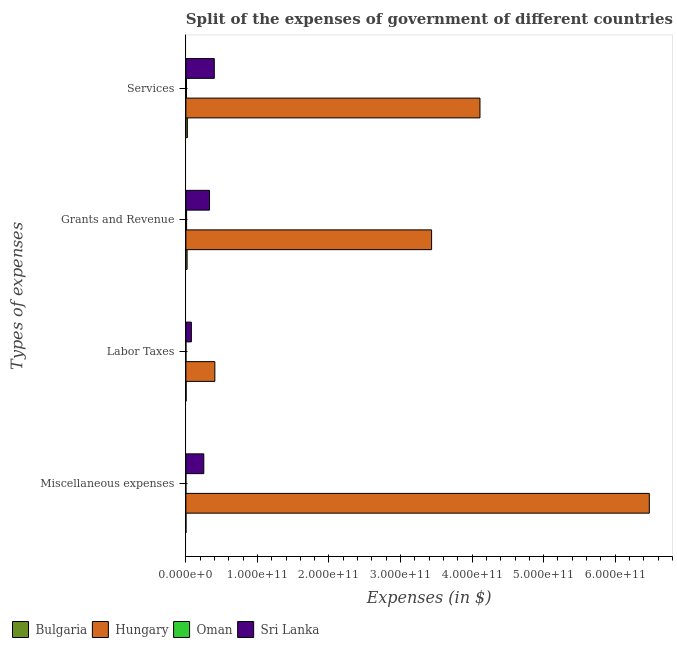
| Types of expenses | Bulgaria | Hungary | Oman | Sri Lanka |
 | --- | --- | --- | --- | --- |
 | Miscellaneous expenses | 1.36e+08 | 6.48e+11 | 1.8e+06 | 2.5e+10 |
 | Labor Taxes | 3.39e+08 | 4.05e+10 | 4.32e+07 | 7.69e+09 |
 | Grants and Revenue | 1.7e+09 | 3.43e+11 | 9.96e+08 | 3.31e+10 |
 | Services | 2.07e+09 | 4.11e+11 | 8.49e+08 | 3.97e+10 |